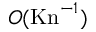
O ( \mathrm { K n } ^ { - 1 } )